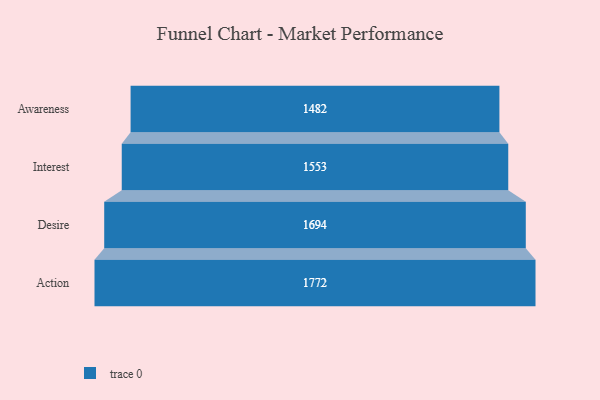
{"axis": {"x": "Stage", "y": "Value"}, "legend": [""], "data": [{"x": "Awareness", "y": 1482.0, "type": ""}, {"x": "Interest", "y": 1553.0, "type": ""}, {"x": "Desire", "y": 1694.0, "type": ""}, {"x": "Action", "y": 1772.0, "type": ""}]}